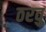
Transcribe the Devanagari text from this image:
ठरवु